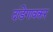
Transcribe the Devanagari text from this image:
दांडेगावकर